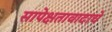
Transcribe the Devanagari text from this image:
सापेक्षतावादाचे